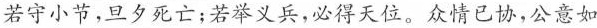
若守小节，旦夕死亡；若义兵，必得天位。众情已协，公意如